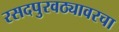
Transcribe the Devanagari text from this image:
रसदपुरवठ्यावरचा